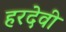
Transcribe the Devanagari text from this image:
हरदेवी